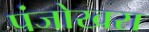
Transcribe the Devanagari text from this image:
पंजोखरा